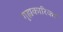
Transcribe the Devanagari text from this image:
गृह्यकारिका